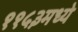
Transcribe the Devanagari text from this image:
११५३मध्ये